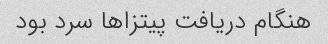
هنگام دریافت پیتزاها سرد بود